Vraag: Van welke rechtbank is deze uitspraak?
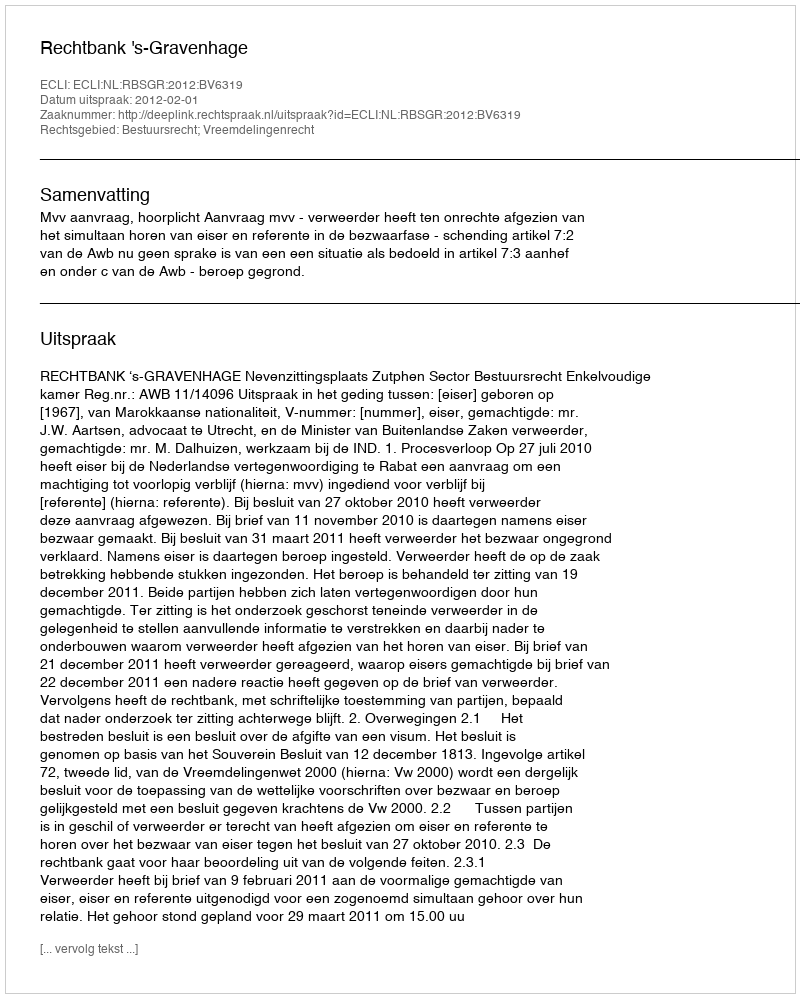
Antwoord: Rechtbank 's-Gravenhage